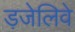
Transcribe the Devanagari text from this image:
ड़जेलिवे